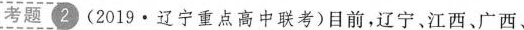
考题 2(2019·辽宁重点高中联考)目前，辽宁、江西、广西、